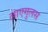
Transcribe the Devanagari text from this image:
लाएगुलस